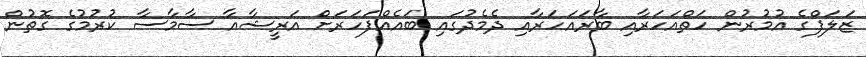
ޒަލަފްގެ އުމުރުން ހަތްއަހަރާއި ބާރައަހަރާއި ދެމެދުގައި ބައެއްފަހަރަށް އަރީޝާއާ ސާމާސާ ކުރުމުގެ ގޮތުން